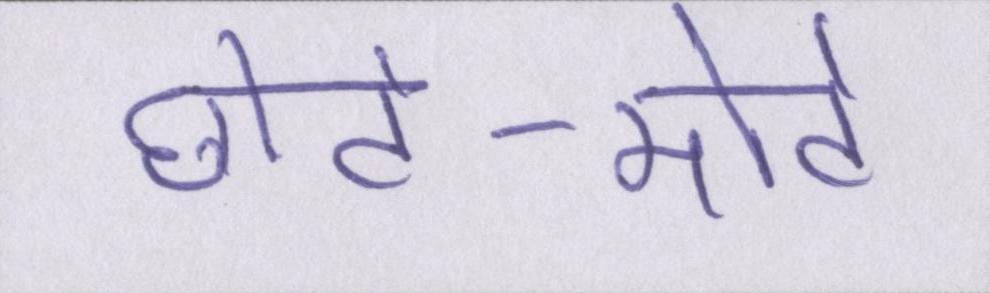
छोटे-मोटे